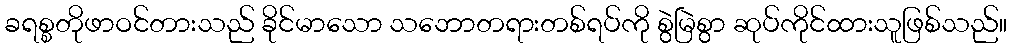
ခရစ္စတိုဖာဝင်တားသည် ခိုင်မာသော သဘောတရားတစ်ရပ်ကို စွဲမြဲစွာ ဆုပ်ကိုင်ထားသူဖြစ်သည်။